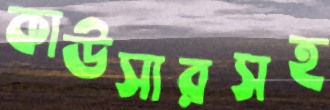
কাউসারসহ